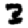
Digit: 3